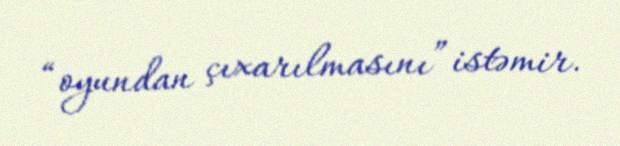
“oyundan çıxarılmasını” istəmir.